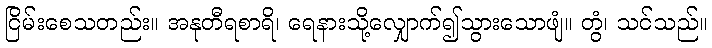
ငြိမ်းစေသတည်း။ အနုတီရစာရိ၊ ရေနားသို့လျှောက်၍သွားသောဖျံ။ တွံ၊ သင်သည်။